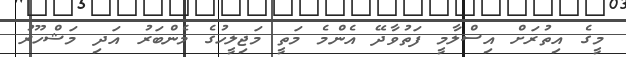
މީގެ އިތުރަށް އިސްލާމީ ފަތުވާދޭ އެންމެ މަތީ މަޖިލީހުގެ މެންބަރު އަދި މަޝްހޫރު